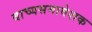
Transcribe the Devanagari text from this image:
वाच्यसमावेशक